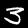
Digit: 3